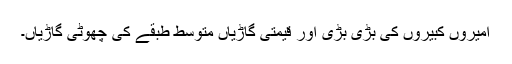
امیروں کبیروں کی بڑی بڑی اور قیمتی گاڑیاں متوسط طبقے کی چھوٹی گاڑیاں۔